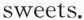
sweets.